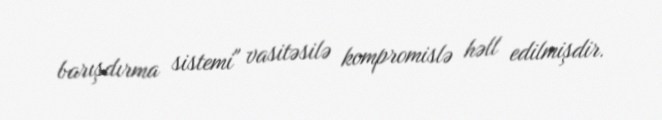
barışdırma sistemi" vasitəsilə kompromislə həll edilmişdir.